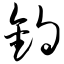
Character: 钓